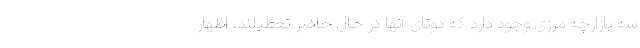
سه بازارچه مرزی وجود دارد که دوتای آنها در حال حاضر تعطیلند، اظهار